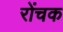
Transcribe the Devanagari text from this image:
रोंचक